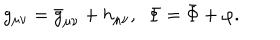
g _ { \mu \nu } = { \bar { g } } _ { \mu \nu } + h _ { \mu \nu } , ~ ~ \Phi = \bar { \Phi } + \varphi .